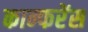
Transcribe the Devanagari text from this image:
कान्फरेंस